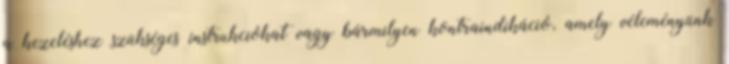
a kezeléshez szükséges instrukciókat vagy bármilyen kontraindikáció, amely véleményünk